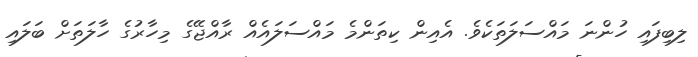
ލިބިފައި ހުންނަ މައްސަލަތަކެވެ. އެއިން ކިތަންމެ މައްސަލައެއް ރާއްޖޭގެ މިހާރުގެ ހާލަތަށް ބަލައި